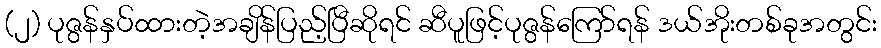
(၂) ပုဇွန်နှပ်ထားတဲ့အချိန်ပြည့်ပြီဆိုရင် ဆီပူဖြင့်ပုဇွန်ကြော်ရန် ဒယ်အိုးတစ်ခုအတွင်း